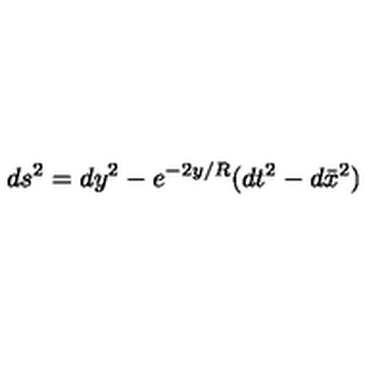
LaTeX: d s ^ { 2 } = d y ^ { 2 } - e ^ { - 2 y / R } ( d t ^ { 2 } - d \bar { x } ^ { 2 } )